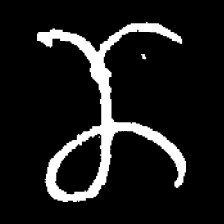
Pyu character \u2014 Myanmar letter: ဏ (romanized: nna)